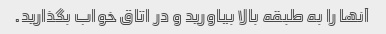
آنها را به طبقه بالا بیاورید و در اتاق خواب بگذارید.